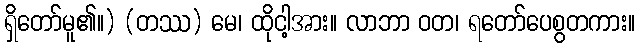
ရှိတော်မူ၏။) (တဿ) မေ၊ ထိုငါ့အား။ လာဘာ ဝတ၊ ရတော်ပေစွတကား။